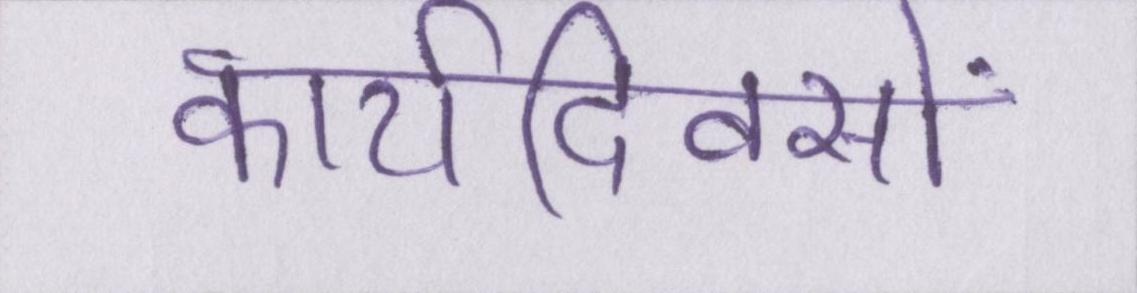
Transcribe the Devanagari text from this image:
कार्यदिवसों